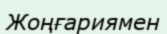
Жоңғариямен